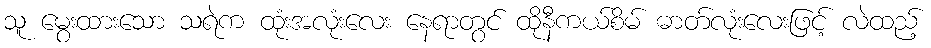
သူ မွေးထားသော သရဲက ထုံးအလုံးလေး နေရာတွင် ထိုနီကယ်စိမ် ဓာတ်လုံးလေးဖြင့် လဲထည့်